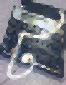
ট